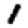
Digit: 1